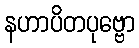
နဟာပိတပုဗ္ဗော